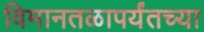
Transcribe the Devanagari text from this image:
विमानतळापर्यंतच्या